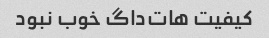
کیفیت هات‌داگ خوب نبود